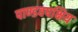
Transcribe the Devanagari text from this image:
पाण्डवपक्षिय